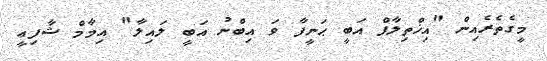
މީގެތެރެއިން "އިޚްތިލާފް އަބީ ޙަނީފާ ވަ އިބްނު އަބީ ލައިލާ" އިމާމް ޝާފިޢީ